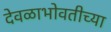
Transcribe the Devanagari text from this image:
देवळाभोवतीच्या